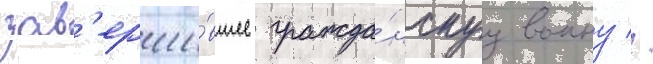
зав'ерши́вшее гражда́нскуу воину //